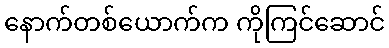
နောက်တစ်ယောက်က ကိုကြင်ဆောင်